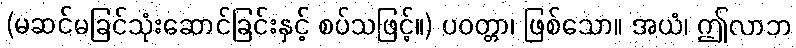
(မဆင်မခြင်သုံးဆောင်ခြင်းနှင့် စပ်သဖြင့်။) ပဝတ္တာ၊ ဖြစ်သော။ အယံ၊ ဤလာဘ